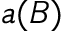
a ( B )